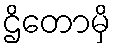
ဌိတောမှိ